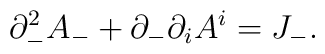
\partial_-^2A_- +\partial_-\partial_iA^i = J_-.